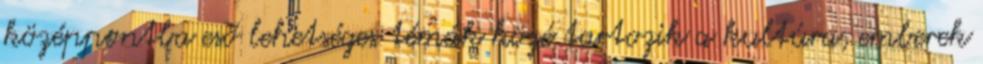
középpontba eső lehetséges témák közé tartozik a kultúra, emberek